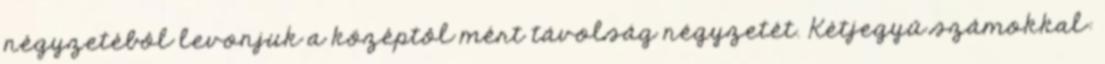
négyzetébôl levonjuk a középtôl mért távolság négyzetét. Kétjegyû számokkal: